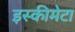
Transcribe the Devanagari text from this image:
इस्कीमेटा